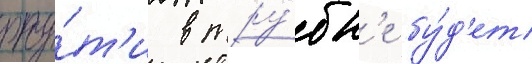
рту́т'и в тру́бк'е бу́д'ет